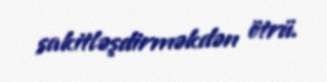
sakitləşdirməkdən ötrü.